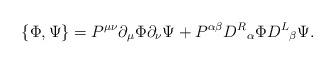
LaTeX: \begin{align*}\{\Phi,\Psi\}=P^{\mu\nu}\partial_\mu\Phi\partial_\nu\Psi+P^{\alpha \beta } {D^{R}}_{\alpha }\Phi{D^{L}}_{\beta }\Psi.\end{align*}